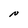
Character: N